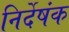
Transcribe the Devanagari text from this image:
निर्देषंक